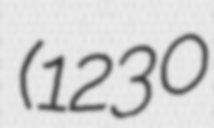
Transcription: (1230